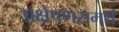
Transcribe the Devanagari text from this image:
प्रक्षेपणसमर्थ